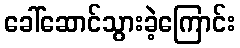
ခေါ်ဆောင်သွားခဲ့ကြောင်း